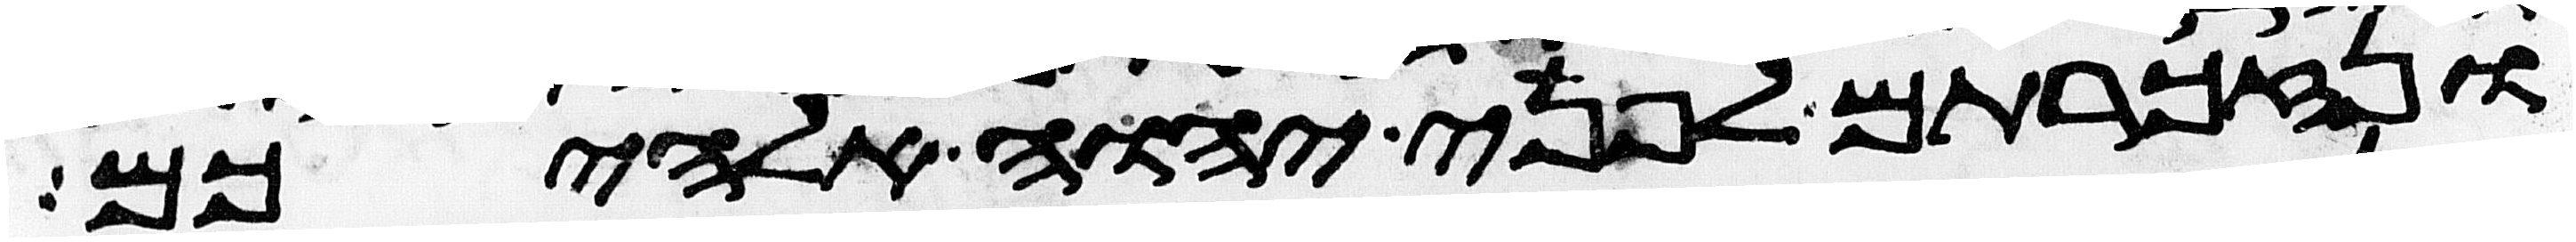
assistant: ונזכרתם לפני יהוה אלהיכם